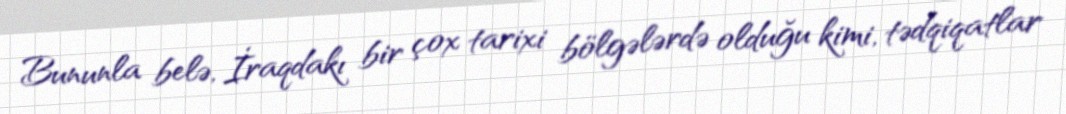
Bununla belə, İraqdakı bir çox tarixi bölgələrdə olduğu kimi, tədqiqatlar